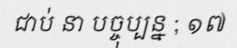
ជាប់ នា បច្ចុប្បន្ន ; ១៧